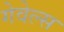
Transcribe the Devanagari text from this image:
गेवेल्स